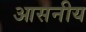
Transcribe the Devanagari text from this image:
आसनीय